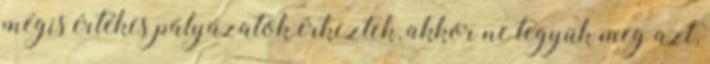
mégis értékes pályázatok érkeztek, akkor ne tegyük meg azt,